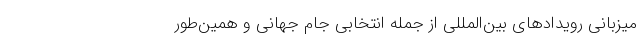
میزبانی رویدادهای بین‌المللی از جمله انتخابی جام جهانی و همین‌طور